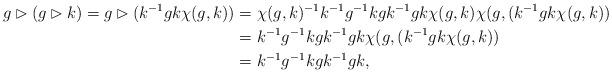
LaTeX: \begin{align*} g\rhd(g\rhd k)=g\rhd(k^{-1}gk\chi(g,k))&=\chi(g,k)^{-1}k^{-1}g^{-1}kgk^{-1}gk\chi(g,k)\chi(g,(k^{-1}gk\chi(g,k))\\&=k^{-1}g^{-1}kgk^{-1}gk\chi(g,(k^{-1}gk\chi(g,k))\\&= k^{-1}g^{-1}kgk^{-1}gk,\end{align*}